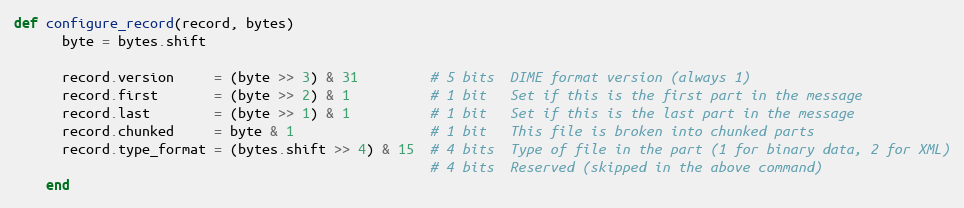
Language: Ruby
def configure_record(record, bytes)
      byte = bytes.shift

      record.version     = (byte >> 3) & 31         # 5 bits  DIME format version (always 1)
      record.first       = (byte >> 2) & 1          # 1 bit   Set if this is the first part in the message
      record.last        = (byte >> 1) & 1          # 1 bit   Set if this is the last part in the message
      record.chunked     = byte & 1                 # 1 bit   This file is broken into chunked parts
      record.type_format = (bytes.shift >> 4) & 15  # 4 bits  Type of file in the part (1 for binary data, 2 for XML)
                                                    # 4 bits  Reserved (skipped in the above command)
    end